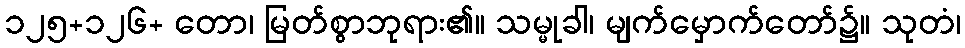
၁၂၅+၁၂၆+ တော၊ မြတ်စွာဘုရား၏။ သမ္မုခါ၊ မျက်မှောက်တော်၌။ သုတံ၊